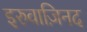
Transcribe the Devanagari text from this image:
इरुवाज़िनद